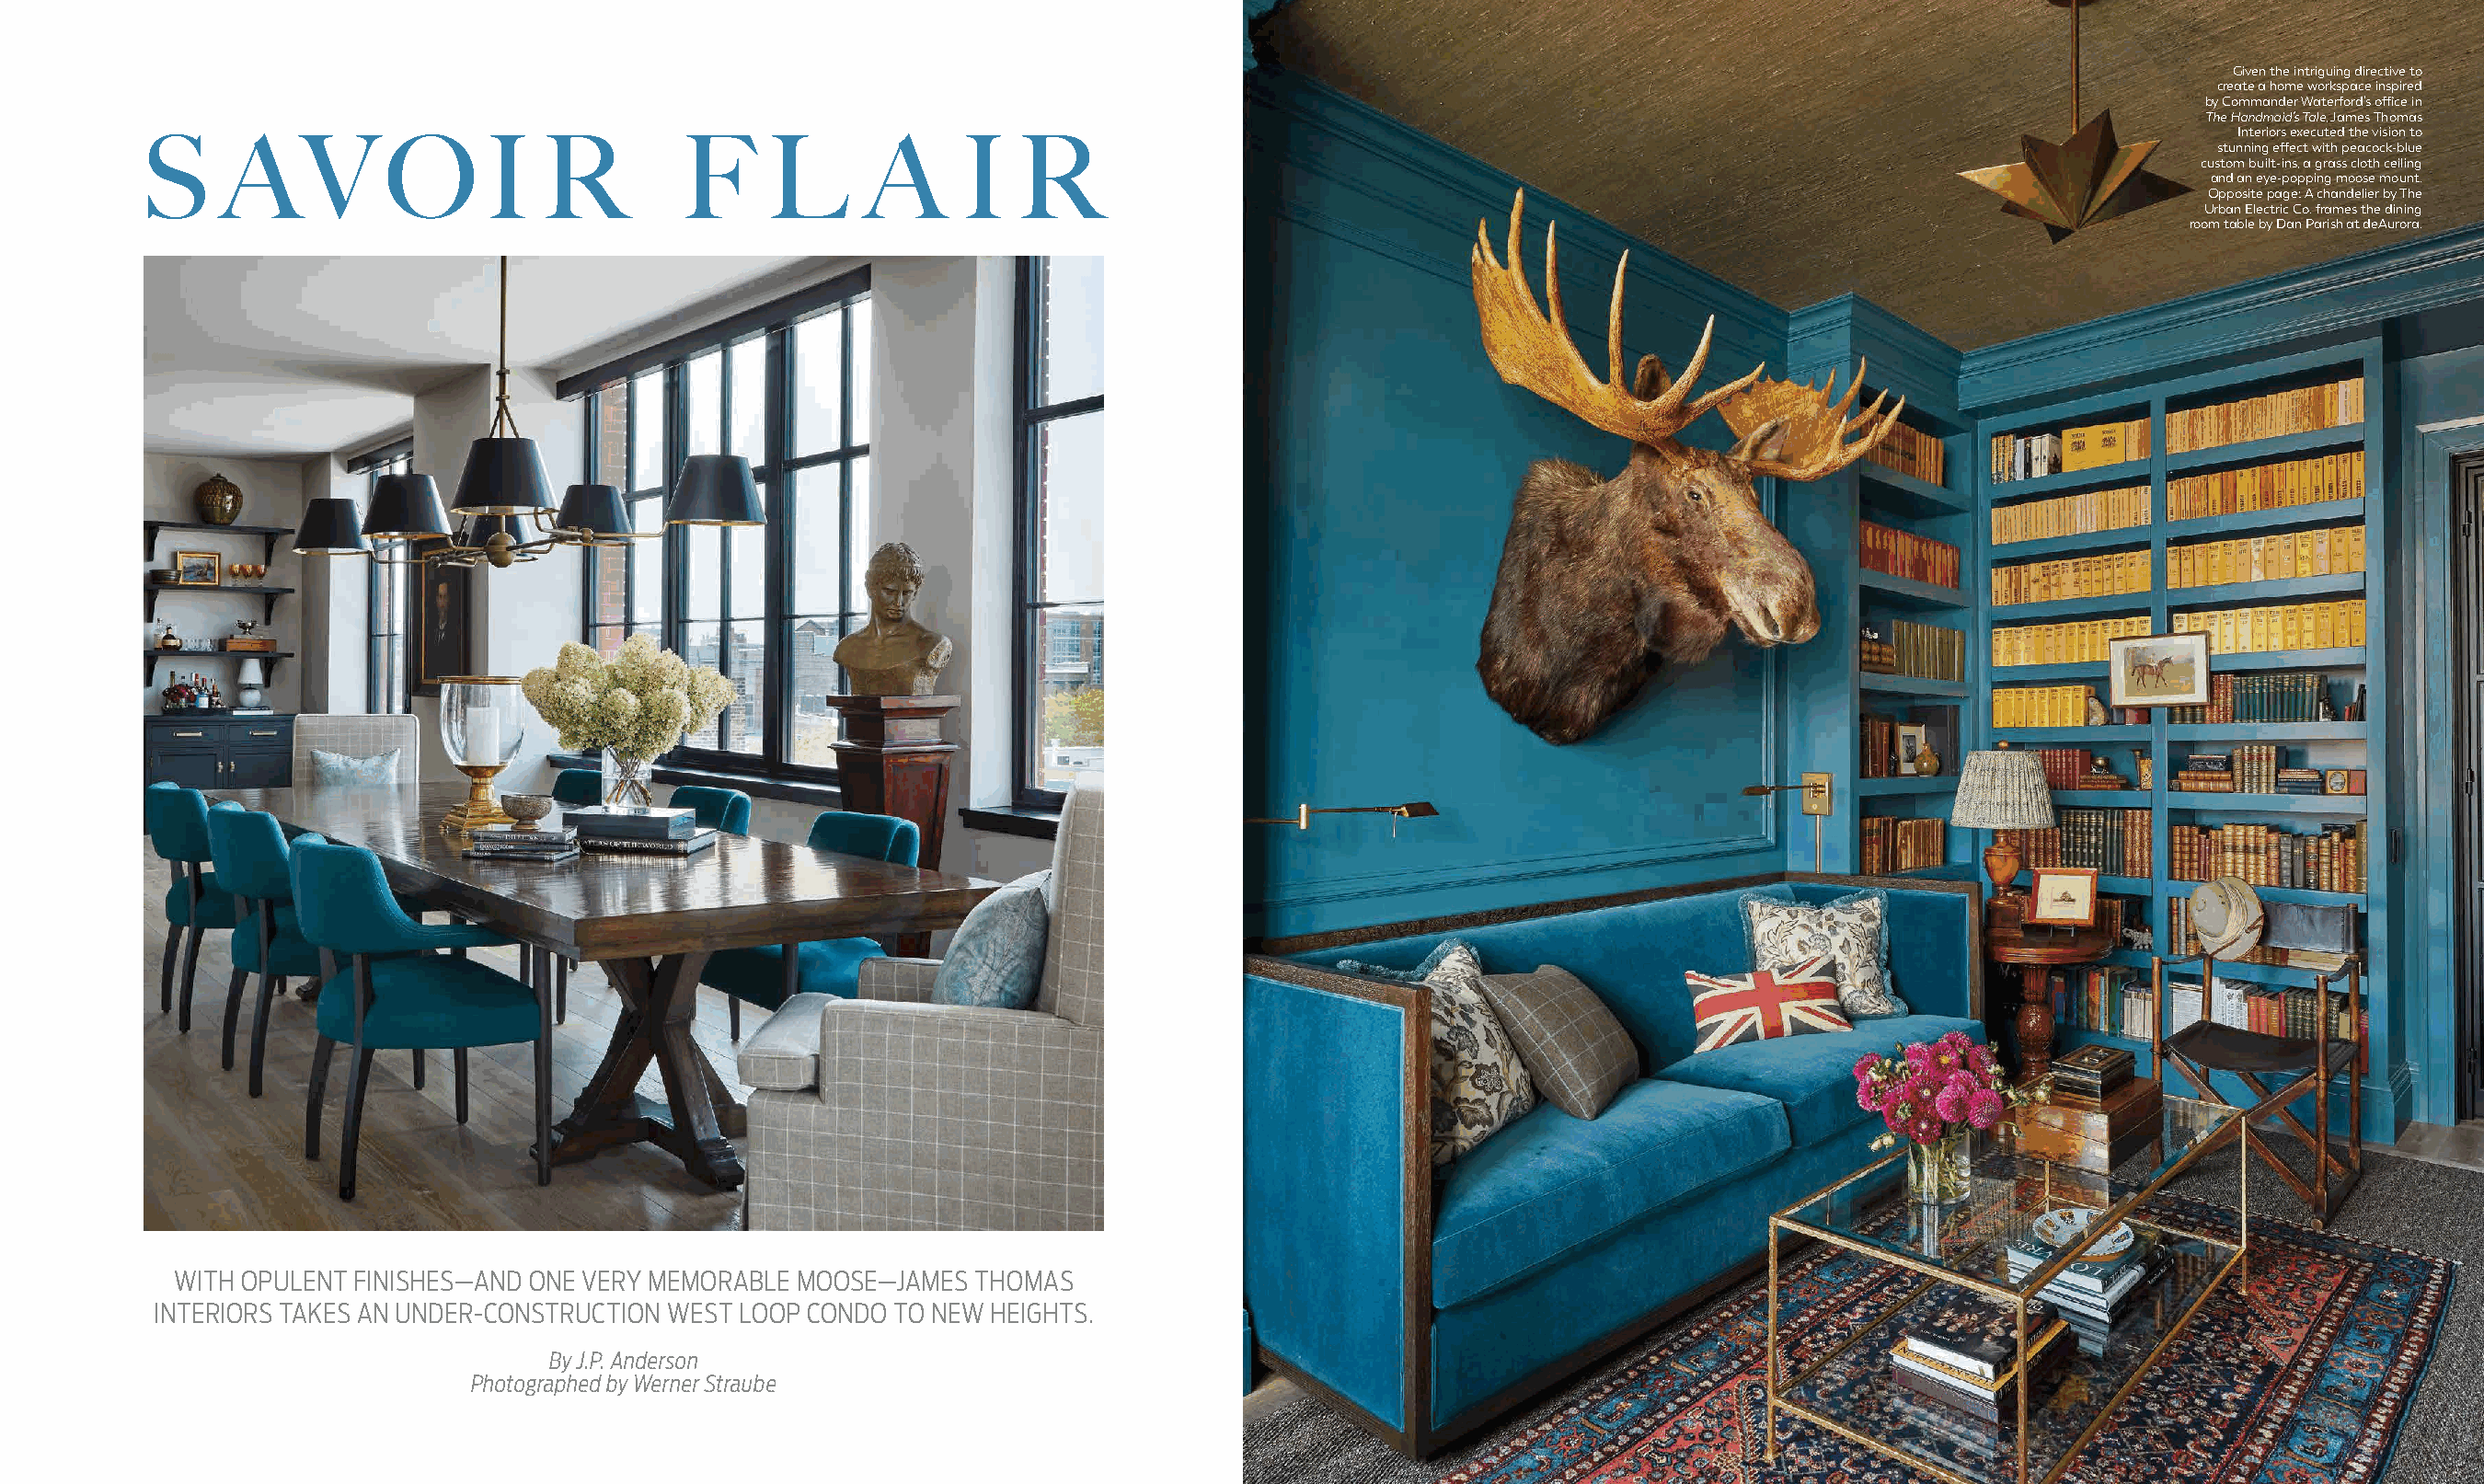
Given the intriguing directive to
 create a home workspace inspired
 by Commander Waterford’s office in
 The Handmaid’s Tale, James Thomas
 Interiors executed the vision to
 S     AV          O      I   R         F     L      A      I   R
 stunning effect with peacock-blue
 custom built-ins, a grass cloth ceiling
 and an eye-popping moose mount.
 Opposite page: A chandelier by The
 Urban Electric Co. frames the dining
 room table by Dan Parish at deAurora.
 WITH OPULENT FINISHES—AND ONE VERY MEMORABLE MOOSE—JAMES THOMAS
 INTERIORS TAKES AN UNDER-CONSTRUCTION WEST LOOP CONDO TO NEW HEIGHTS.
 By J.P. Anderson
 Photographed by Werner Straube